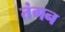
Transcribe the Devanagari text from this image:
तंगन